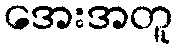
အေးအတူ